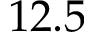
1 2 . 5